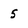
Character: 5